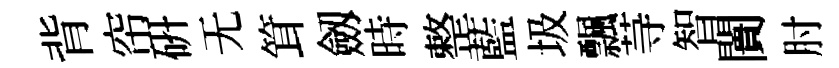
背帘硏无䇯劔時整藍圾飄䒭智闠肘